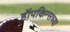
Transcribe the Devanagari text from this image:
हॉपकिन्सच्या